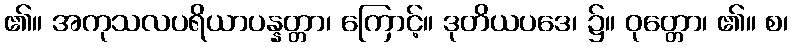
၏။ အကုသလပရိယာပန္နတ္တာ၊ ကြောင့်။ ဒုတိယပဒေ၊ ၌။ ဝုတ္တော၊ ၏။ စ၊